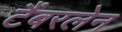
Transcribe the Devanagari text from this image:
टैंबरलेन